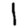
Digit: 1